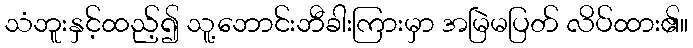
သံဘူးနှင့်ထည့်၍ သူ့ဘောင်းဘီခါးကြားမှာ အမြဲမပြတ် လိပ်ထား၏။